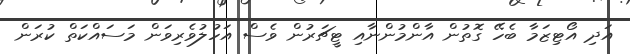
އަދި އޯޓިޒަމާ ބެހޭ ގޮތުން އާންމުންނާއި ޓީޗަރުން ވެސް އަހުލުވެރިވަން މަސައްކަތް ކުރަން